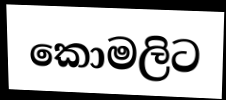
කොමලිට